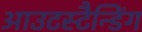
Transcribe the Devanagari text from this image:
आउटस्टैन्डिंग